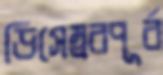
ডিসেম্বরপূর্ব